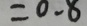
= 0 . 8